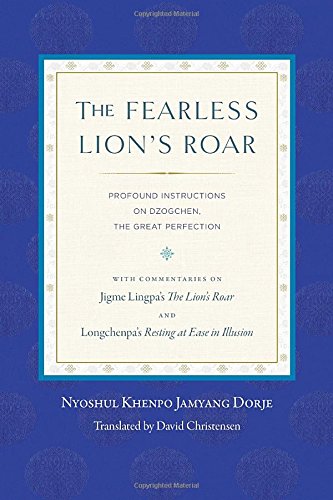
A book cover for The Fearless Lion's Roar: Profound Instructions on Dzogchen, the Great Perfection; Nyoshul Khenpo; Religion & Spirituality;